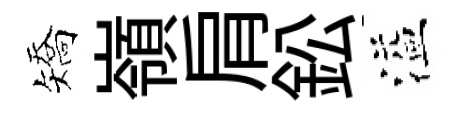
矯嶺肩鈆溢